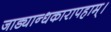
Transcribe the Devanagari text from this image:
जाड्यान्धकारापहाम्‌।